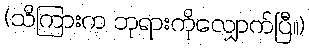
(သိကြားက ဘုရားကိုလျှောက်ပြီ။)